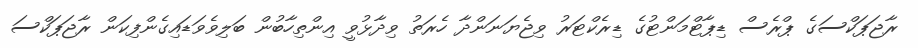
ރާޖަޕަކްސަގެ ޕްރެސް ޑިޕާޓްމަންޓުގެ ޑިރެކްޓަރު ވިޖެޔަނަންދާ ހެރަތު ވިދާޅުވީ އިންތިހާބުން ބަލިވެވަޑައިގެންފިކަން ރާޖަޕަކްސަ